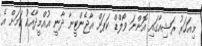
މިއަހަރު ރަޝިއާގައި އޮންނަ ވޯލްޑް ކަޕަށް އާޖެންޓީނާ ދާނީ އުއްމީދާއެކު ކަމަށް އެ